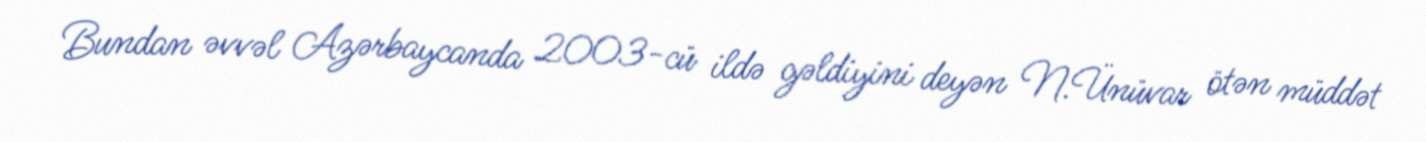
Bundan əvvəl Azərbaycanda 2003-cü ildə gəldiyini deyən N.Ünüvar ötən müddət